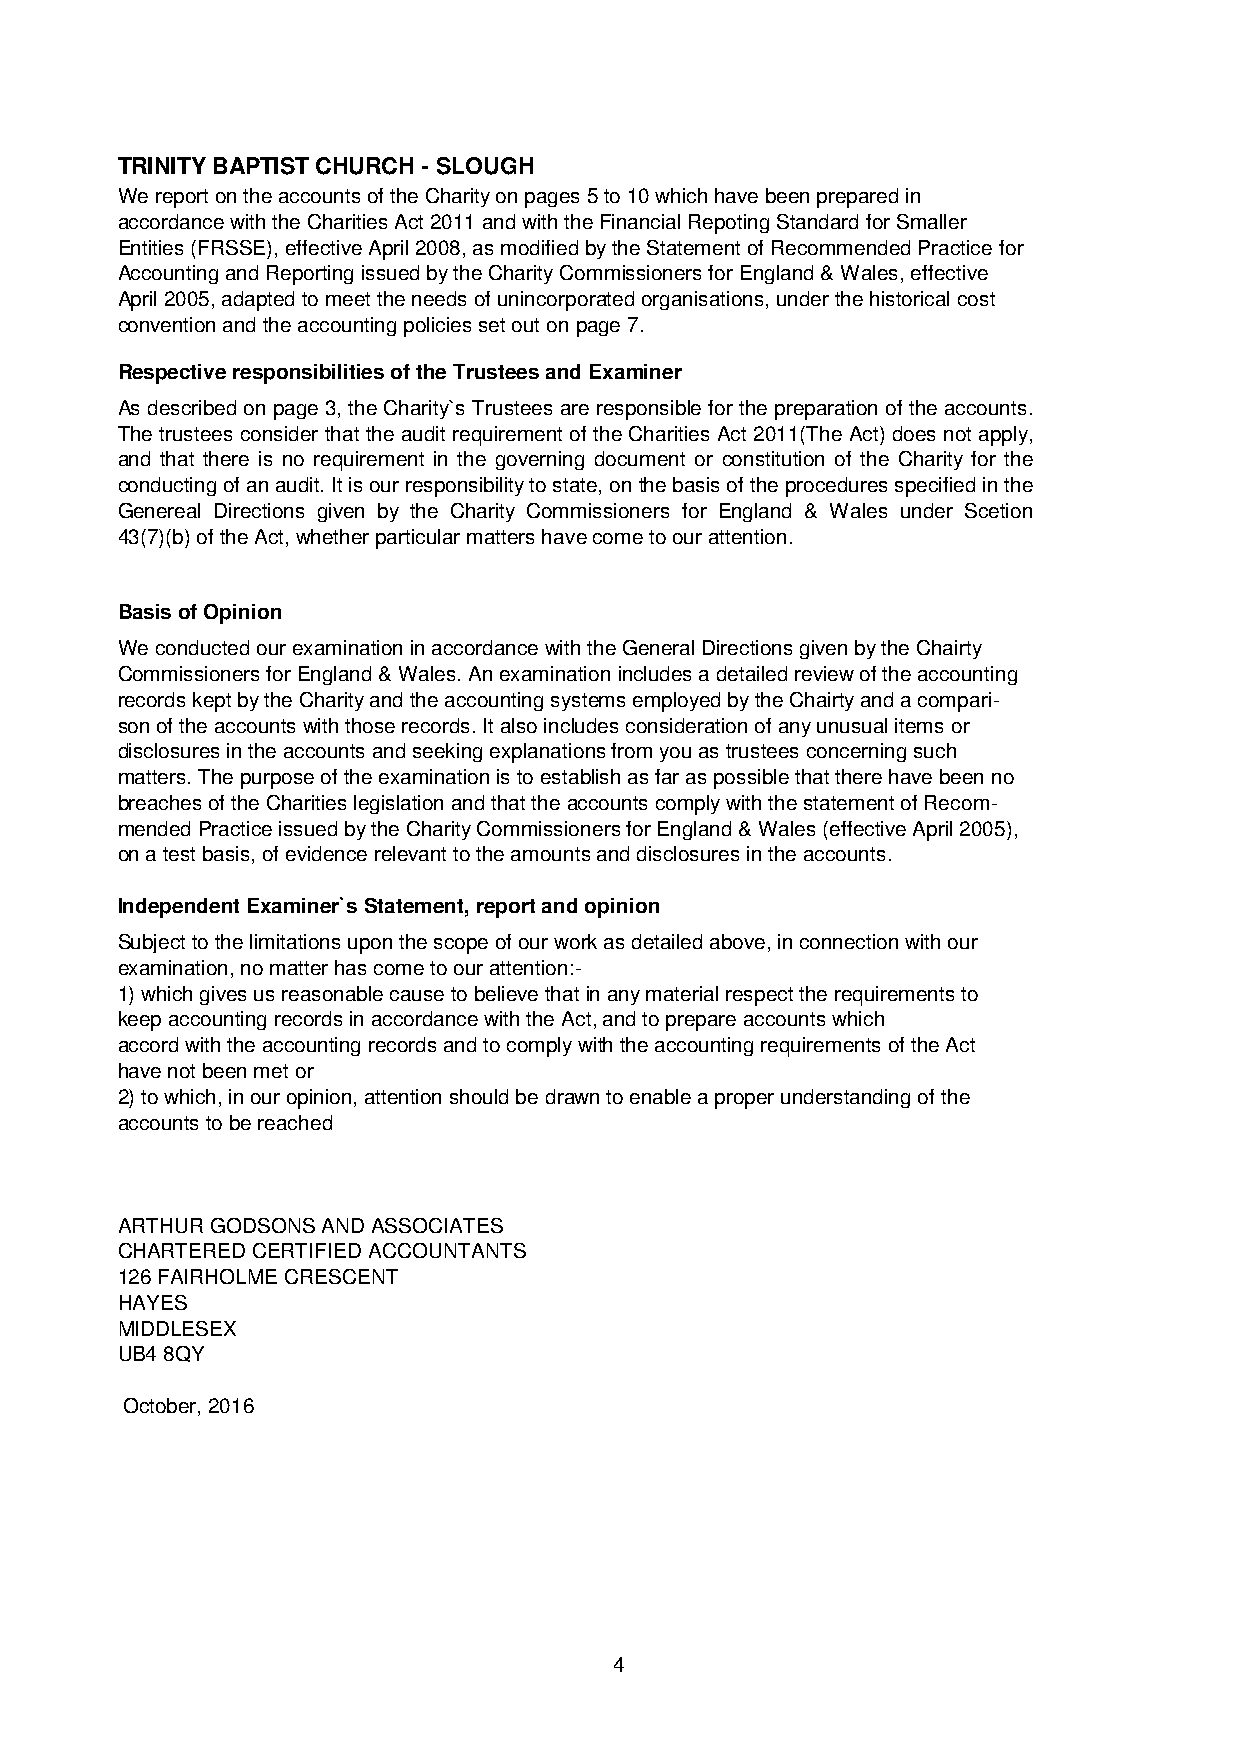
TRINITY BAPTIST CHURCH - SLOUGH
 We report on the accounts of the Charity on pages 5 to 10 which have been prepared in
 accordance with the Charities Act 2011 and with the Financial Repoting Standard for Smaller
 Entities (FRSSE), effective April 2008, as modified by the Statement of Recommended Practice for
 Accounting and Reporting issued by the Charity Commissioners for England & Wales, effective
 April 2005, adapted to meet the needs of unincorporated organisations, under the historical cost
 convention and the accounting policies set out on page 7.
 Respective responsibilities of the Trustees and Examiner
 As describedonpage3,theCharity`s Trustees areresponsiblefor thepreparationof theaccounts.
 The trustees consider that the audit requirementof theCharities Act2011(The Act) does notapply,
 and that there is no requirement in the governing document or constitution of the Charity for the
 conductingofanaudit.Itisourresponsibilitytostate,onthebasisoftheproceduresspecifiedinthe
 Genereal Directions given by the Charity Commissioners for England & Wales under Scetion
 43(7)(b) of the Act, whether particular matters have come to our attention.
 Basis of Opinion
 We conducted our examination in accordance with the General Directions given by the Chairty
 Commissioners for England & Wales. An examination includes a detailed review of the accounting
 records kept by the Charity and the accounting systems employed by the Chairty and a compari-
 son of the accounts with those records. It also includes consideration of any unusual items or
 disclosures in the accounts and seeking explanations from you as trustees concerning such
 matters. The purpose of the examination is to establish as far as possible that there have been no
 breaches of the Charities legislation and that the accounts comply with the statement of Recom-
 mended Practice issued by the Charity Commissioners for England & Wales (effective April 2005),
 on a test basis, of evidence relevant to the amounts and disclosures in the accounts.
 Independent Examiner`s Statement, report and opinion
 Subject to the limitations upon the scope of our work as detailed above, in connection with our
 examination, no matter has come to our attention:-
 1) which gives us reasonable cause to believe that in any material respect the requirements to
 keep accounting records in accordance with the Act, and to prepare accounts which
 accord with the accounting records and to comply with the accounting requirements of the Act
 have not been met or
 2) to which, in our opinion, attention should be drawn to enable a proper understanding of the
 accounts to be reached
 ARTHUR GODSONS AND ASSOCIATES
 CHARTERED CERTIFIED ACCOUNTANTS
 126 FAIRHOLME CRESCENT
 HAYES
 MIDDLESEX
 UB4 8QY
 October, 2016
 4